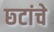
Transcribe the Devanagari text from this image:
छ्टांचे